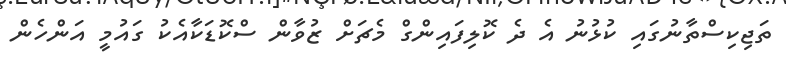
ތަޖިކިސްތާނުގައި ކުޅުނު އެ ދެ ކޮލިފައިންގް މެޗަށް ޒުވާން ސްކޮޑަކާއެކު ގައުމީ އަންހެން